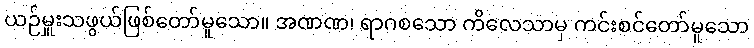
ယဉ်မှူးသဖွယ်ဖြစ်တော်မူသော။ အဏဏ၊ ရာဂစသော ကိလေသာမှ ကင်းစင်တော်မူသော